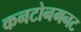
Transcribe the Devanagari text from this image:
कनटोनमनट